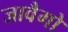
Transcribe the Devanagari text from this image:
जावैगो